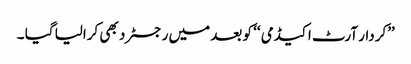
’’کردار آرٹ اکیڈمی ‘‘ کو بعد میں رجسٹرد بھی کرالیا گیا ۔